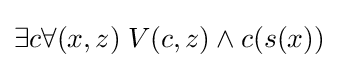
\exists c\forall (x,z)\;V(c,z)\wedge c(s(x))